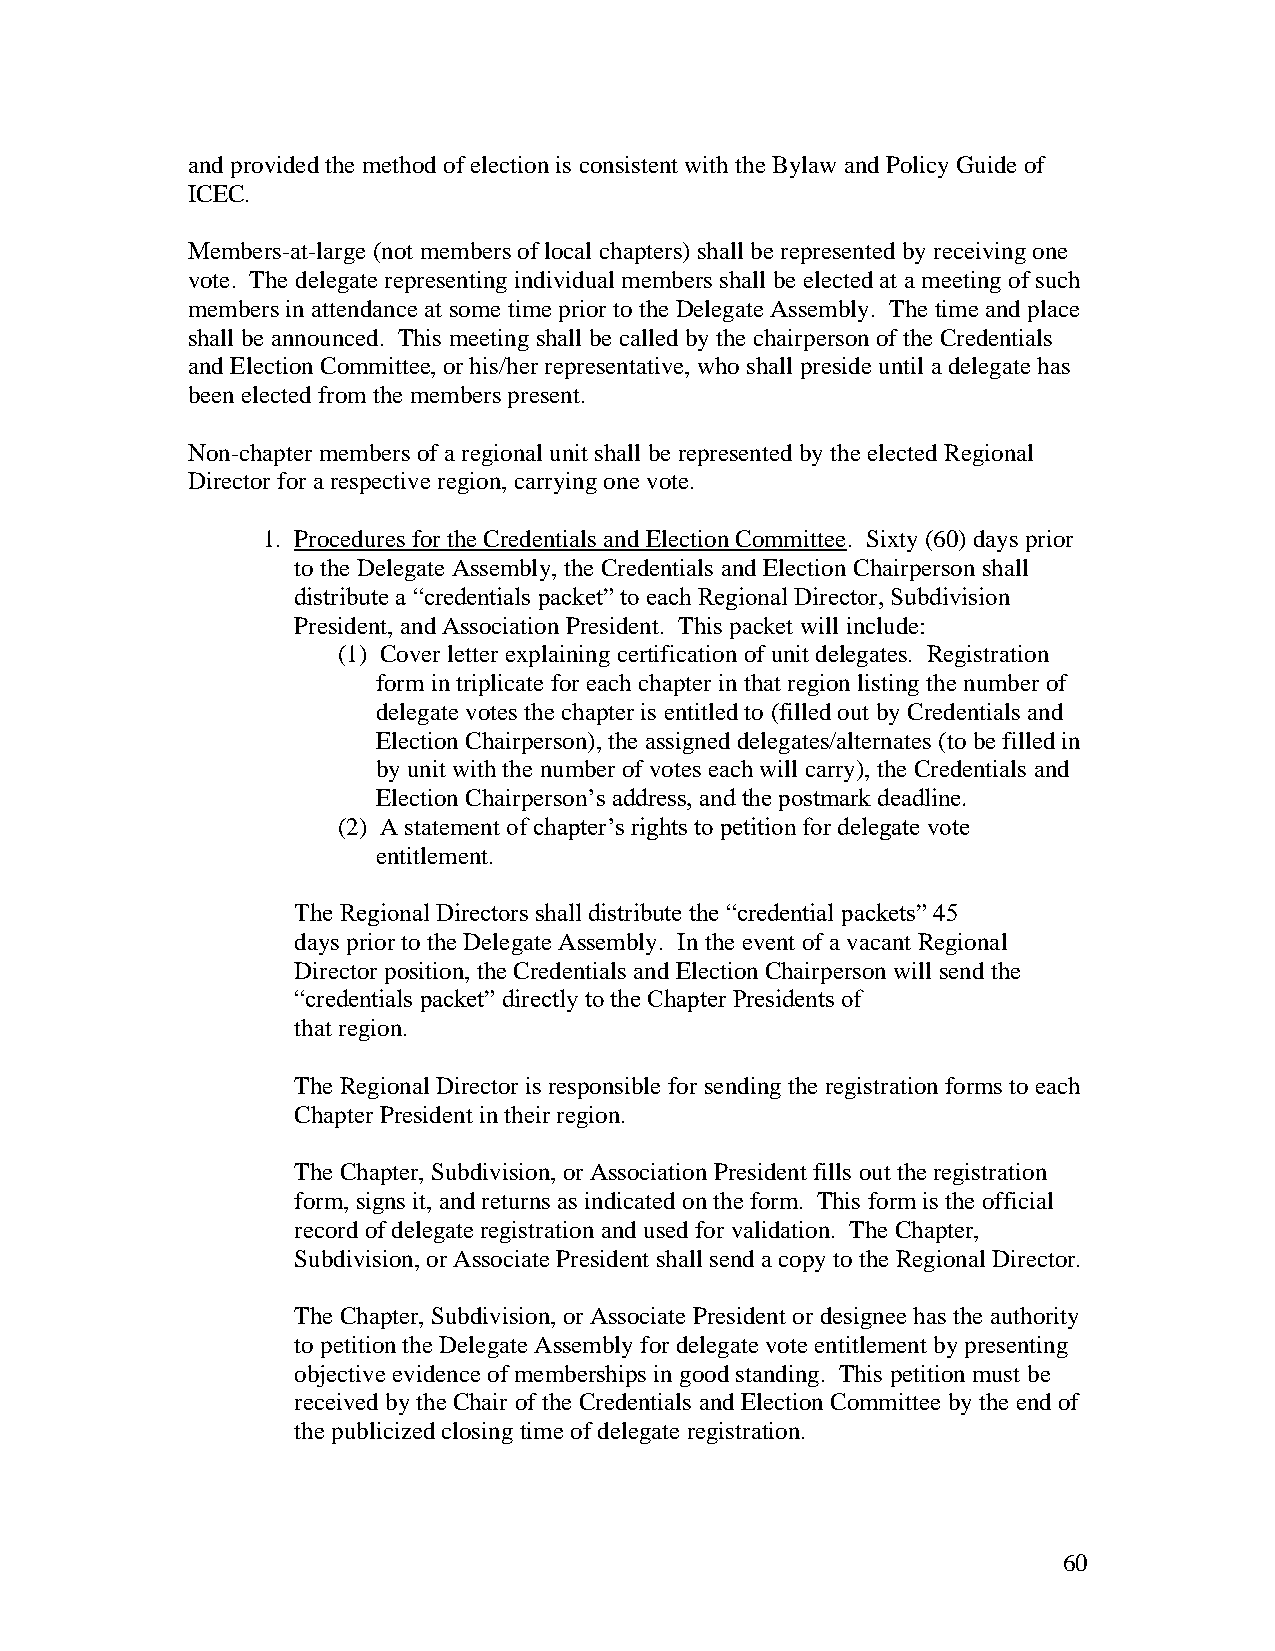
and provided the method of election is consistent with the Bylaw and Policy Guide of
 ICEC.
 Members-at-large (not members of local chapters) shall be represented by receiving one
 vote. The delegate representing individual members shall be elected at a meeting of such
 members in attendance at some time prior to the Delegate Assembly. The time and place
 shall be announced. This meeting shall be called by the chairperson of the Credentials
 and Election Committee, or his/her representative, who shall preside until a delegate has
 been elected from the members present.
 Non-chapter members of a regional unit shall be represented by the elected Regional
 Director for a respective region, carrying one vote.
 1. Procedures for the Credentials and Election Committee. Sixty (60) days prior
 to the Delegate Assembly, the Credentials and Election Chairperson shall
 distribute a “credentials packet” to each Regional Director, Subdivision
 President, and Association President. This packet will include:
 (1) Cover letter explaining certification of unit delegates. Registration
 form in triplicate for each chapter in that region listing the number of
 delegate votes the chapter is entitled to (filled out by Credentials and
 Election Chairperson), the assigned delegates/alternates (to be filled in
 by unit with the number of votes each will carry), the Credentials and
 Election Chairperson’s address, and the postmark deadline.
 (2) A statement of chapter’s rights to petition for delegate vote
 entitlement.
 The Regional Directors shall distribute the “credential packets” 45
 days prior to the Delegate Assembly. In the event of a vacant Regional
 Director position, the Credentials and Election Chairperson will send the
 “credentials packet” directly to the Chapter Presidents of
 that region.
 The Regional Director is responsible for sending the registration forms to each
 Chapter President in their region.
 The Chapter, Subdivision, or Association President fills out the registration
 form, signs it, and returns as indicated on the form. This form is the official
 record of delegate registration and used for validation. The Chapter,
 Subdivision, or Associate President shall send a copy to the Regional Director.
 The Chapter, Subdivision, or Associate President or designee has the authority
 to petition the Delegate Assembly for delegate vote entitlement by presenting
 objective evidence of memberships in good standing. This petition must be
 received by the Chair of the Credentials and Election Committee by the end of
 the publicized closing time of delegate registration.
 60